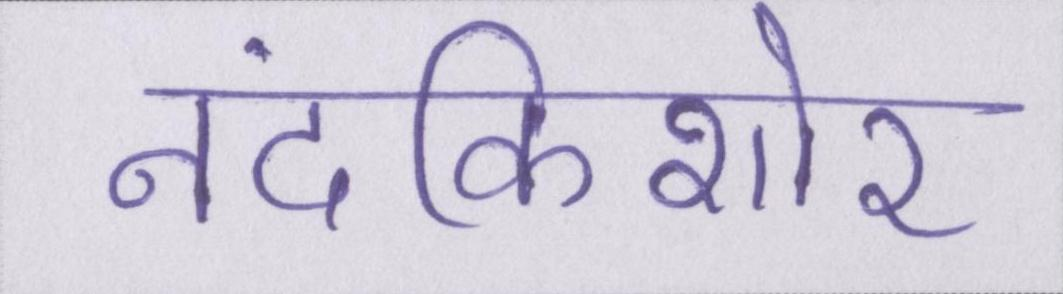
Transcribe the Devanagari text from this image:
नंदकिशोर